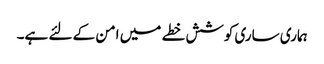
ہماری ساری کوشش خطے میں امن کے لئے ہے۔